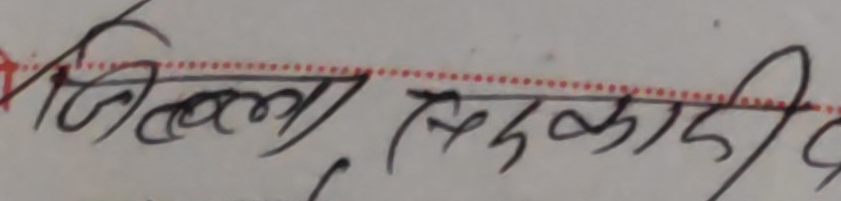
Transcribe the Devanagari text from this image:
जिल्ला सिंहादी